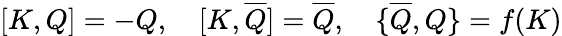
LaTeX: {[}K,Q{]}=-Q,\quad{[}K,\overline{{{Q}}}{]}=\overline{{{Q}}},\quad{\{ }\overline{{{Q}}},Q{\} }=f(K)